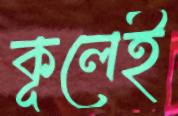
কূলেই